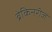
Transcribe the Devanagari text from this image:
ब्रेकिनरीज